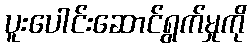
ပူးပေါင်းဆောင်ရွက်မှုကို